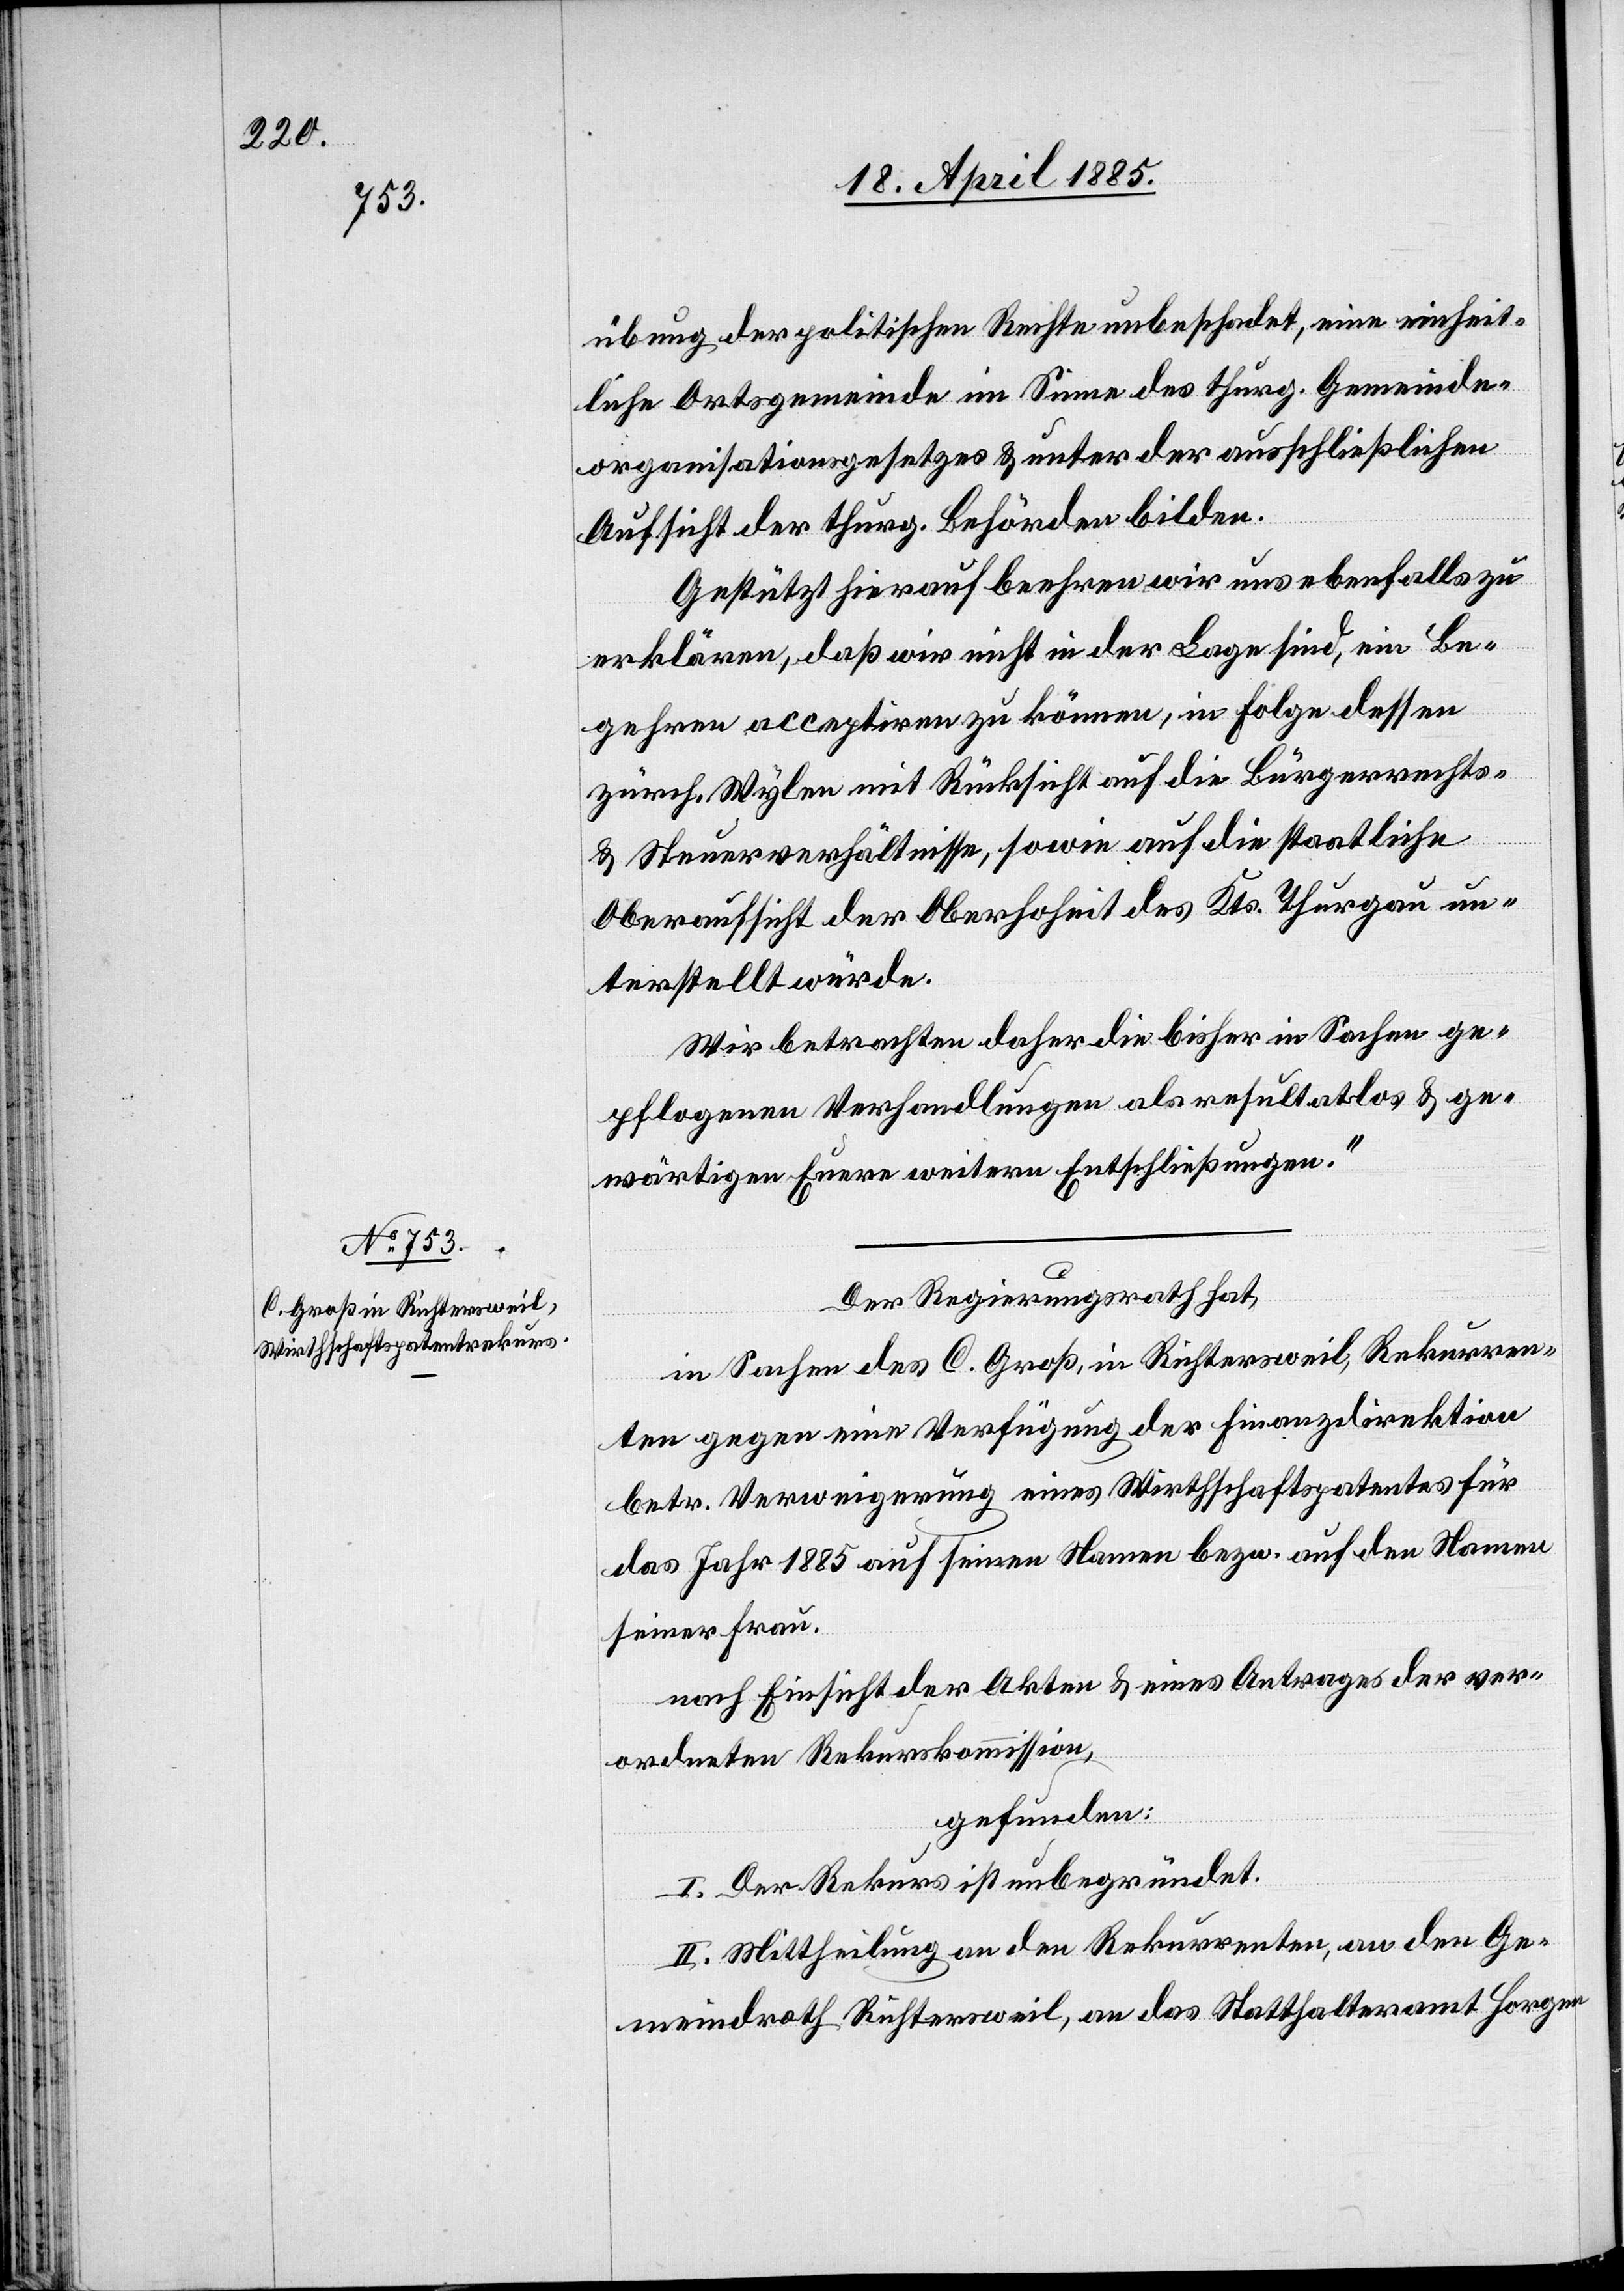
übung der politischen Rechte unbeschadet, eine einheit¬
liche Ortsgemeinde im Sinne des thurg. Gemeinde¬
organisationsgesetzes & unter der ausschließlichen
Aufsicht der thurg. Behörden bilden.
Gestützt hierauf beehren wir uns ebenfalls zu
erklären, daß wir nicht in der Lage sind, ein Be¬
gehren acceptiren zu können, in Folge dessen
zürch. Wylen mit Rücksicht auf die Bürgerrechts-
& Steuerverhältnisse, sowie auf die staatliche
Oberaufsicht der Oberhoheit des Kts. Thurgau un¬
terstellt würde.
Wir betrachten daher die bisher in Sachen ge¬
pflogenen Verhandlungen als resultatlos & ge¬
wärtigen Euere weitern Entschließungen.“
Der Regierungsrath hat,
in Sachen des C. Groß, in Richtersweil, Rekurren¬
ten gegen eine Verfügung der Finanzdirektion
betr. Verweigerung eines Wirthschaftspatentes für
das Jahr 1885 auf seinen Namen bezw. auf den Namen
seiner Frau,
nach Einsicht der Akten & eines Antrages der ver¬
ordneten Rekurskommission
gefunden:
I. Der Rekurs ist unbegründet.
II. Mittheilung an den Rekurrenten, an den Ge¬
meindrath Richtersweil, an das Statthalteramt Horgen